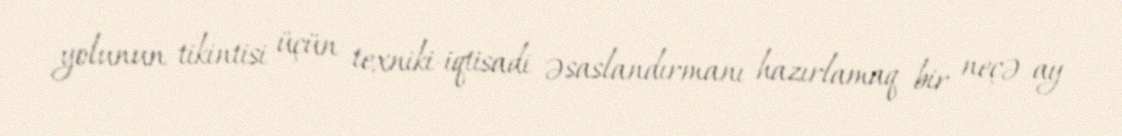
yolunun tikintisi üçün texniki-iqtisadi əsaslandırmanı hazırlamaq bir neçə ay